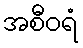
အစီဝရံ